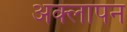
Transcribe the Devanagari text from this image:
अक्लापन